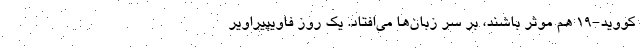
کووید-۱۹ هم موثر باشند، بر سر زبان‌ها ‌می‌افتاد. یک روز فاویپیراویر